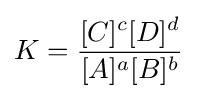
K={\frac {[C]^{c}[D]^{d}}{[A]^{a}[B]^{b}}}